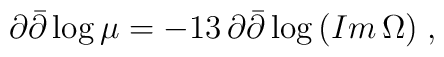
\partial\bar{\partial}\log{\mu}=-13\,\partial\bar{\partial}\log{(Im\,\Omega)}\;,